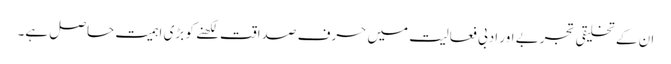
ان کے تخلیقی تجربے اور ادبی فعالیت میں حرف صداقت لکھنے کو بڑی اہمیت حاصل ہے۔